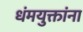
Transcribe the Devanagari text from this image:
धंमयुक्तांना